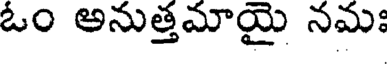
ఓం అనుత్తమాయై నమః